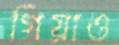
গিয়াও